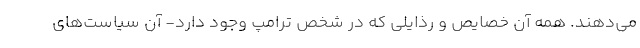
می‌دهند. همه آن خصایص و رذایلی که در شخص ترامپ وجود دارد- آن سیاست‌های